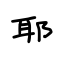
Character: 耶